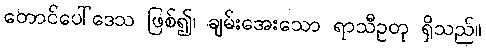
တောင်ပေါ်ဒေသ ဖြစ်၍၊ ချမ်းအေးသော ရာသီဥတု ရှိသည်။